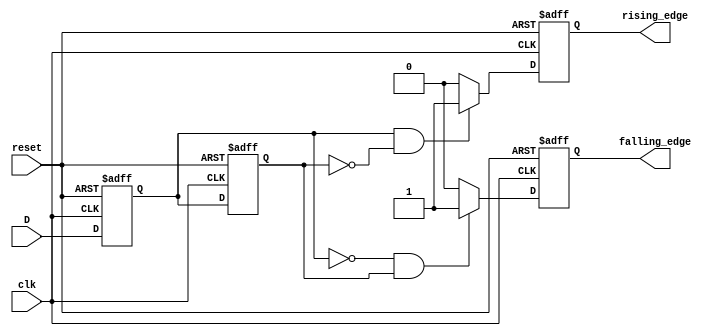
module glitch_free_edge_detector (
    input wire clk,        // Clock signal
    input wire reset,      // Asynchronous reset signal
    input wire D,          // Input signal to monitor for edges
    output reg rising_edge, // Output signal for rising edge detection
    output reg falling_edge // Output signal for falling edge detection
);

    // Memory blocks to store previous and current state of the input signal
    reg D_prev;            // Previous state of the input signal
    reg D_curr;           // Current state of the input signal

    // Edge detection logic
    always @(posedge clk or posedge reset) begin
        if (reset) begin
            D_prev <= 1'b0;         // Initialize previous state to low on reset
            D_curr <= 1'b0;         // Initialize current state to low on reset
            rising_edge <= 1'b0;    // Clear rising edge output
            falling_edge <= 1'b0;   // Clear falling edge output
        end else begin
            // Sample the current state
            D_curr <= D;

            // Detect rising edge
            if (D_curr == 1'b1 && D_prev == 1'b0) begin
                rising_edge <= 1'b1;   // Rising edge detected
            end else begin
                rising_edge <= 1'b0;   // No rising edge
            end

            // Detect falling edge
            if (D_curr == 1'b0 && D_prev == 1'b1) begin
                falling_edge <= 1'b1;   // Falling edge detected
            end else begin
                falling_edge <= 1'b0;   // No falling edge
            end

            // Update previous state to current state for next clock
            D_prev <= D_curr;
        end
    end

endmodule